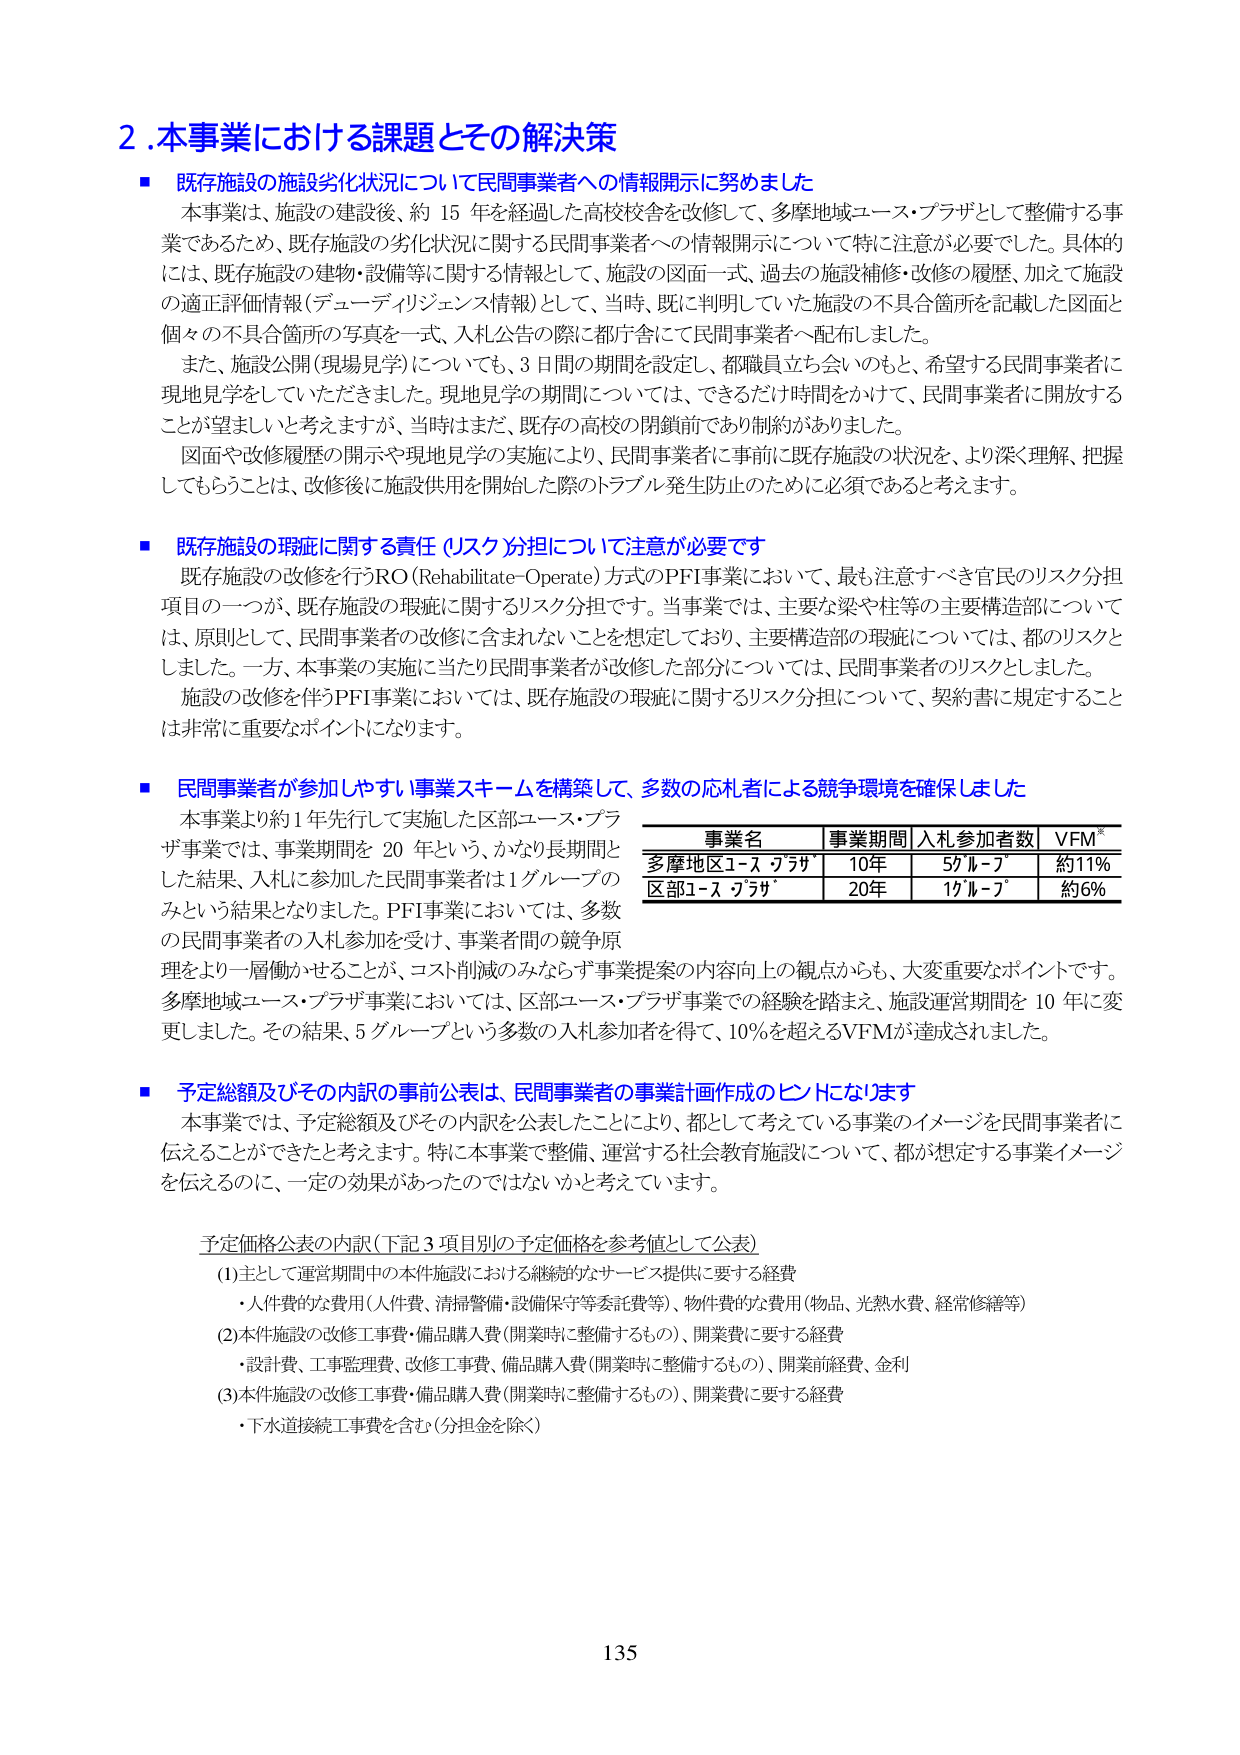
2.本事業における課題とその解決策

■ 既存施設の施設劣化状況について民間事業者への情報開示に努めました
本事業は、施設の建設後、約15年を経過した高校校舎を改修して、多摩地域ユース・プラザとして整備する事業であるため、既存施設の劣化状況に関する民間事業者への情報開示について特に注意が必要でした。具体的には、既存施設の建物・設備等に関する情報として、施設の図面一式、過去の施設補修・改修の履歴、加えて施設の適正評価情報（デューデリジェンス情報）として、当時、既に判明していた施設の不具合箇所を記載した図面と個々の不具合箇所の写真を一式、入札公告の際に都庁舎にて民間事業者へ配布しました。
また、施設公開（現場見学）についても、3日間の期間を設定し、都職員立ち会いのもと、希望する民間事業者に現地見学をしていただきました。現地見学の期間については、できるだけ時間をかけて、民間事業者に開放することが望ましいと考えますが、当時はまだ、既存の高校の閉鎖前であり制約がありました。
図面や改修履歴の開示や現地見学の実施により、民間事業者に事前に既存施設の状況を、より深く理解、把握してもらうことは、改修後に施設供用を開始した際のトラブル発生防止のために必須であると考えます。

■ 既存施設の瑕疵に関する責任（リスク）分担について注意が必要です
既存施設の改修を行うRO（Rehabilitate-Operate）方式のPFI事業において、最も注意すべき官民のリスク分担項目の一つが、既存施設の瑕疵に関するリスク分担です。当事業では、主要な梁や柱等の主要構造部については、原則として、民間事業者の改修に含まれないことを想定しており、主要構造部の瑕疵については、都のリスクとしました。一方、本事業の実施に当たり民間事業者が改修した部分については、民間事業者のリスクとしました。
施設の改修を伴うPFI事業においては、既存施設の瑕疵に関するリスク分担について、契約書に規定することは非常に重要なポイントになります。

■ 民間事業者が参加しやすい事業スキームを構築して、多数の応札者による競争環境を確保しました
本事業より約1年先行して実施した区部ユース・プラザ事業では、事業期間を20年という、かなり長期間とした結果、入札に参加した民間事業者は1グループのみという結果となりました。PFI事業においては、多数の民間事業者の入札参加を受け、事業者間の競争原理をより一層働かせること、コスト削減のみならず事業提案の内容向上の観点からも、大変重要なポイントです。多摩地域ユース・プラザ事業においては、区部ユース・プラザ事業での経験を踏まえ、施設運営期間を10年に変更しました。その結果、5グループという多数の入札参加者を得て、10％を超えるVFMが達成されました。

■ 予定総額及びその内訳の事前公表は、民間事業者の事業計画作成のヒントになります
本事業では、予定総額及びその内訳を公表したことにより、都として考えている事業のイメージを民間事業者に伝えることができたと考えます。特に本事業で整備、運営する社会教育施設について、都が想定する事業イメージを伝えるのに、一定の効果があったのではないかと考えています。

予定価格公表の内訳（下記3項目別の予定価格を参考値として公表）
(1) 主として運営期間中の本件施設における継続的なサービス提供に要する経費
・人件費的な費用（人件費、清掃警備・設備保守等委託費等）、物件費的な費用（物品、光熱水費、経常修繕等）
(2) 本件施設の改修工事費・備品購入費（開業時に整備するもの）、開業費に要する経費
・設計費、工事監理費、改修工事費、備品購入費（開業時に整備するもの）、開業前経費、金利
(3) 本件施設の改修工事費・備品購入費（開業時に整備するもの）、開業費に要する経費
・下水道接続工事費を含む（分担金を除く）

事業名 事業期間 入札参加者数 VFM*
多摩地区ユース・プラザ 10年 5グループ 約11%
区部ユース・プラザ 20年 1グループ 約6%

135